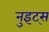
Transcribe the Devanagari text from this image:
नुइट्स